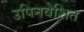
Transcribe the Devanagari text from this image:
उपिनवेशित